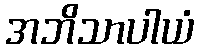
အဘိသာပါယံ